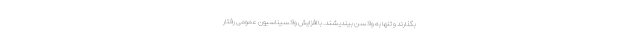
بگذارند و تنها به واکسن بیندیشند. با افزایش واکسیناسیون عمومی رفتار